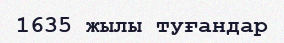
1635 жылы туғандар